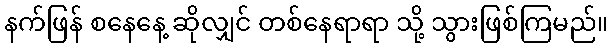
နက်ဖြန် စနေနေ့ ဆိုလျှင် တစ်နေရာရာ သို့ သွားဖြစ်ကြမည်။